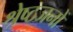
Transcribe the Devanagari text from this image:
श्रेष्ठजनों